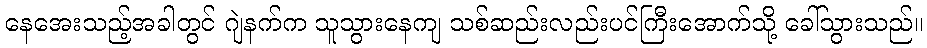
နေအေးသည့်အခါတွင် ဂျဲနက်က သူသွားနေကျ သစ်ဆည်းလည်းပင်ကြီးအောက်သို့ ခေါ်သွားသည်။